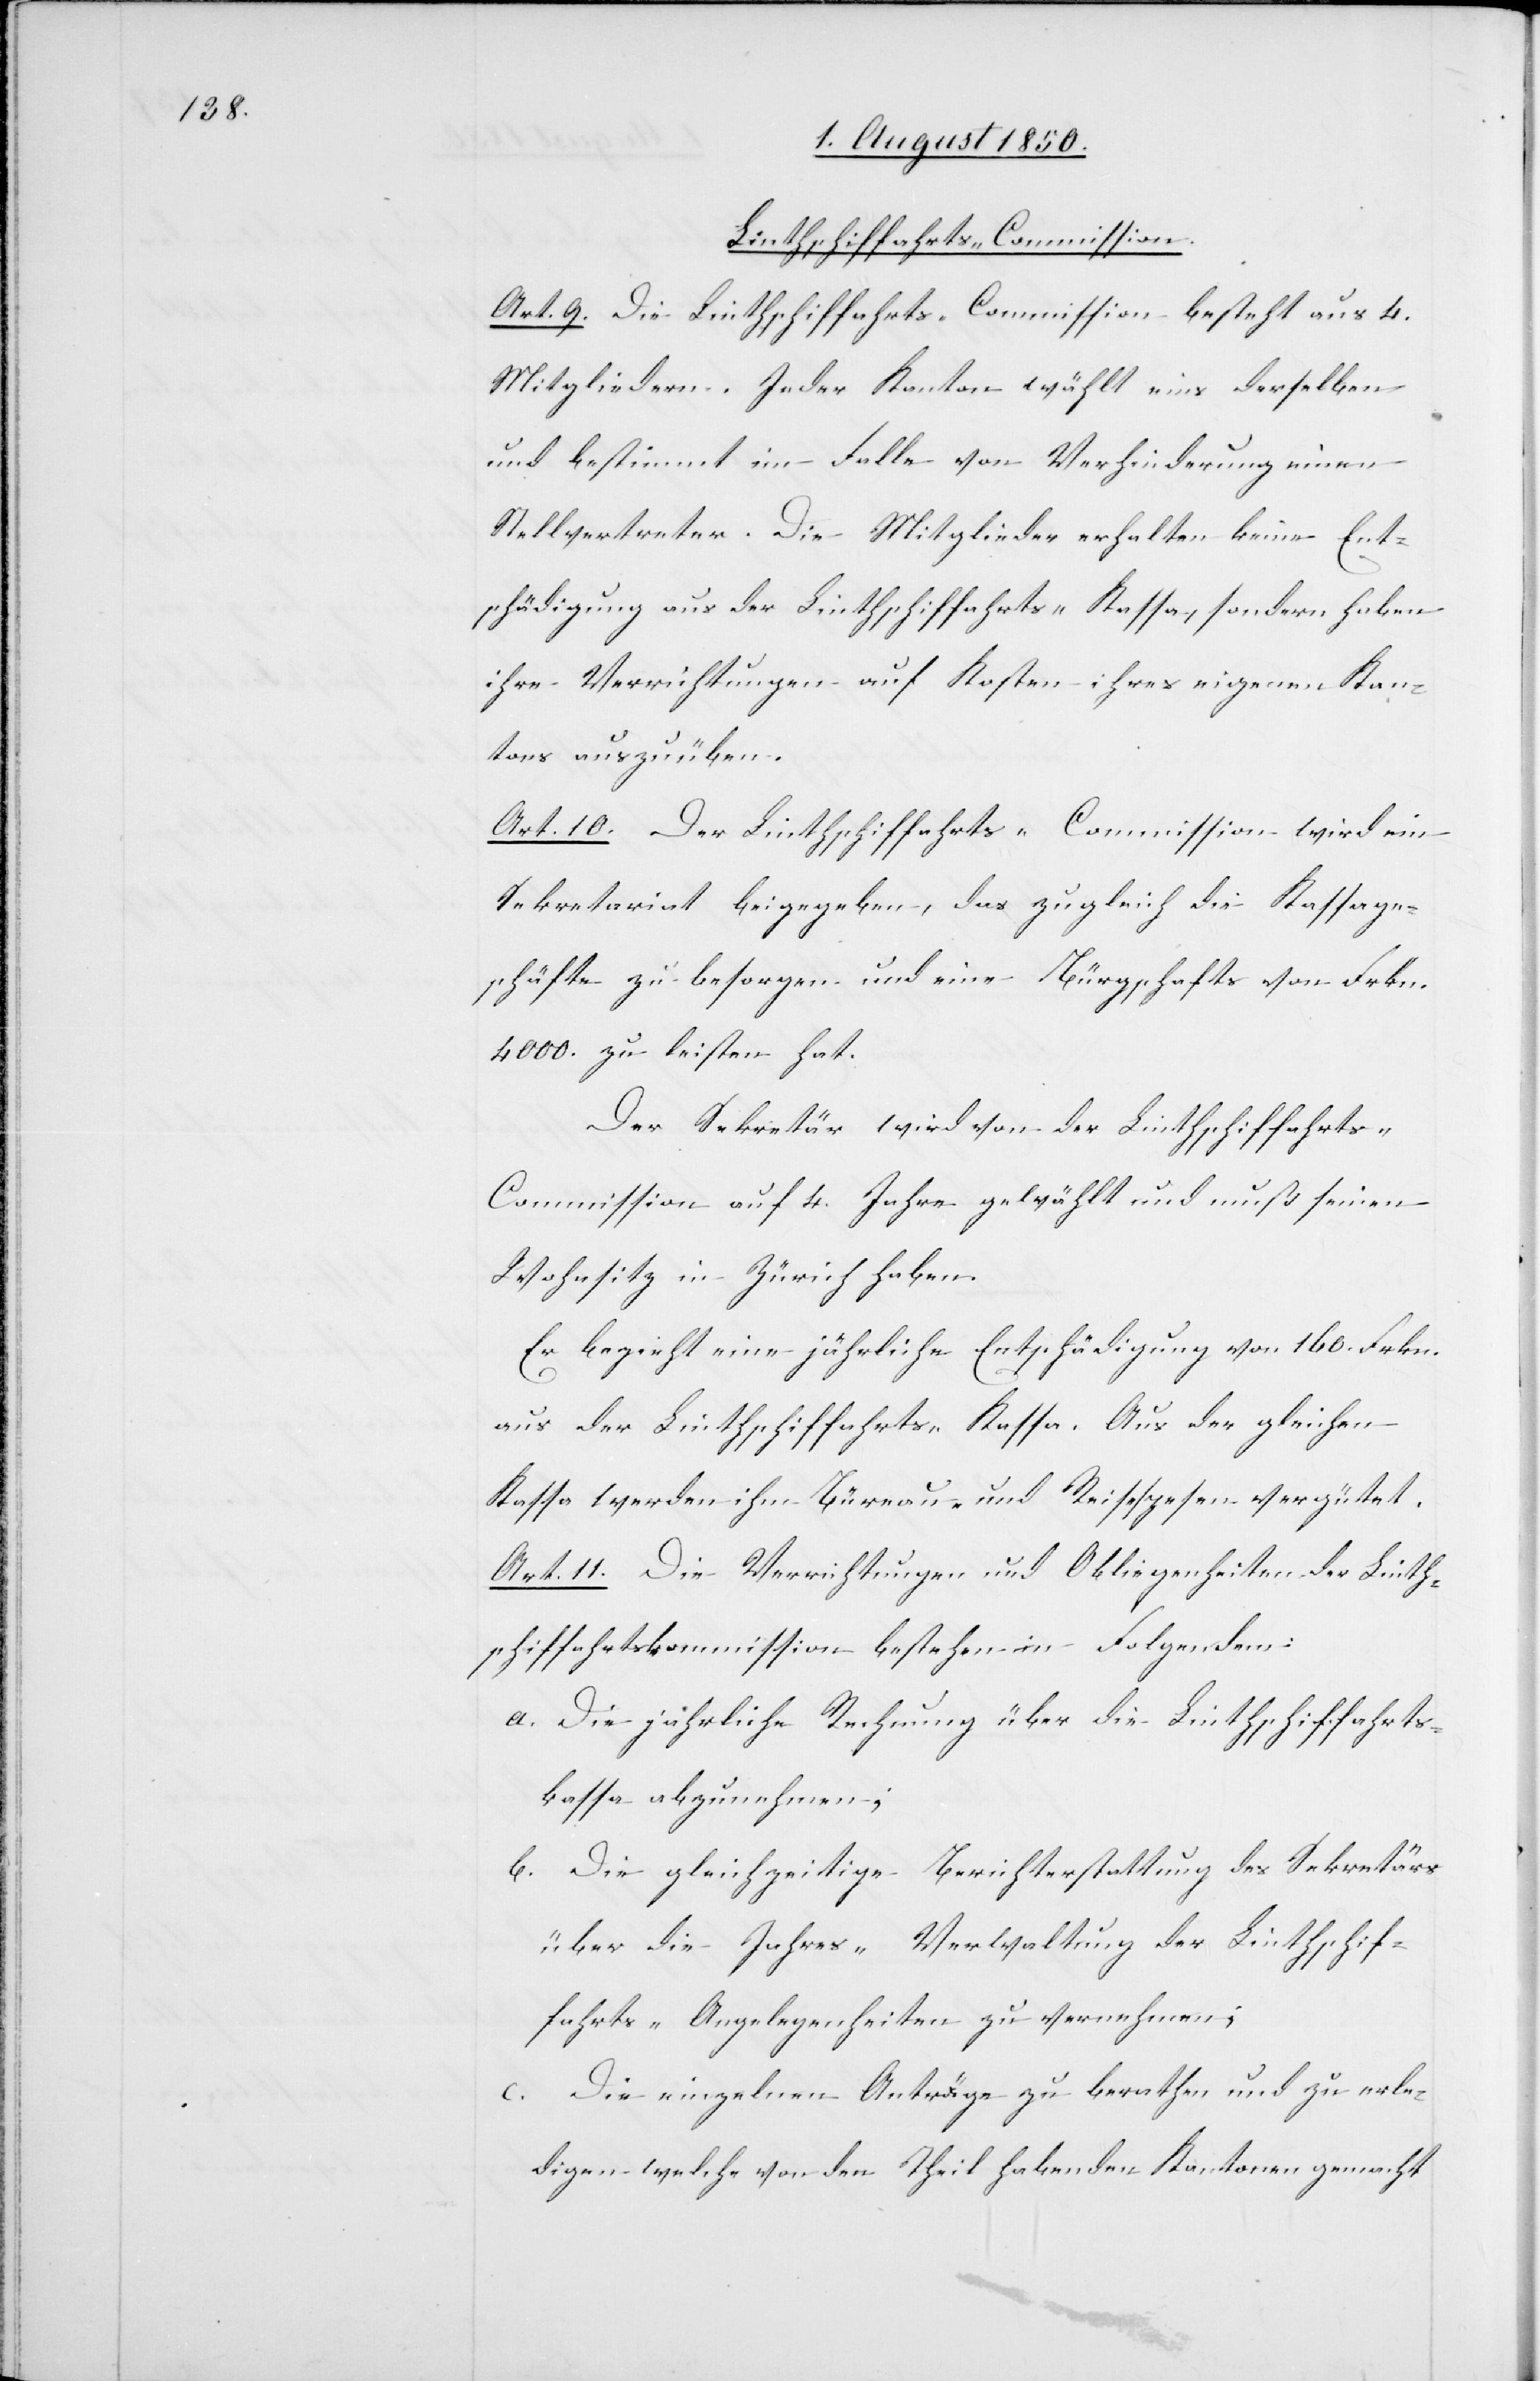
Linthschiffahrts-Commission.
Art. 9. Die Linthschiffahrts-Commission besteht aus 4.
Mitgliedern. Jeder Kanton wählt eins derselben
und bestimmt im Falle von Verhinderung einen
Stellvertreter. Die Mitglieder erhalten keine Ent¬
schädigung aus der Linthschiffahrts-Kassa, sondern haben
ihre Verrichtungen auf Kosten ihres eigenen Kan¬
tons auszuüben.
Art. 10. Der Linthschiffahrts-Commission wird ein
Sekretariat beigegeben, das zugleich die Kassage¬
schäfte zu besorgen und eine Bürgschafts von Frkn.
4000. zu leisten hat.
Der Sekretär wird von der Linthschiffahrt¬
s-Commission auf 4. Jahre gewählt und muß seinen
Wohnsitz in Zürich haben.
Er bezieht eine jährliche Entschädigung von 160. Frkn.
aus der Linthschiffahrts-Kassa. Aus der gleichen
Kassa werden ihm Büreau- und Reisespesen vergütet.
Art. 11. Die Verrichtungen und Obliegenheiten der Linth¬
schiffahrtskommission bestehen in Folgendem:
a. Die jährliche Rechnung über die Linthschiffahrts¬
kassa abzunehmen;
b. Die gleichzeitige Berichterstattung des Sekretärs
über die Jahres-Verwaltung der Linthschif¬
fahrts-Angelegenheiten zu vernehmen;
c. Die einzelnen Anträge zu berathen und zu erle¬
digen welche von den Theil habenden Kantonen gemacht